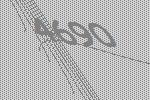
4690